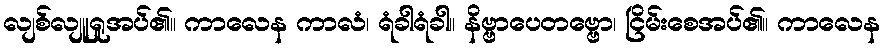
လျစ်လျူရှုအပ်၏။ ကာလေန ကာလံ၊ ရံခါရံခါ။ နိဗ္ဗာပေတဗ္ဗော၊ ငြိမ်းစေအပ်၏။ ကာလေန